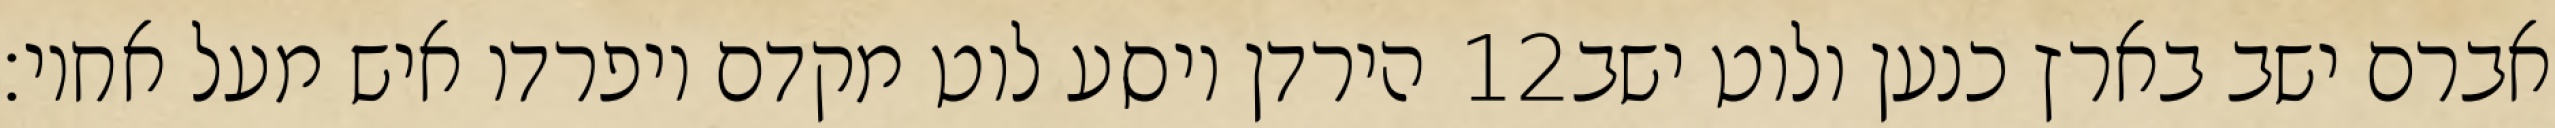
הירדן ויסע לוט מקדם ויפרדו איש מעל אחיו׃ ‎12‏ אברם ישב בארץ כנען ולוט ישב